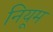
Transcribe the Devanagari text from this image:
नियूम